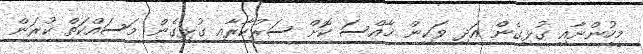
މީހުންނާއި ގުޅިގެން އަދި ވަކިން ޚާއްސަ ކޮށް ސަރުކާރާއި ގުޅިގެން މަސައްކަތް ކުރަން